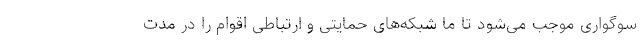
سوگواری موجب می‌شود تا ما شبکه‌های حمایتی و ارتباطی اقوام را در مدت